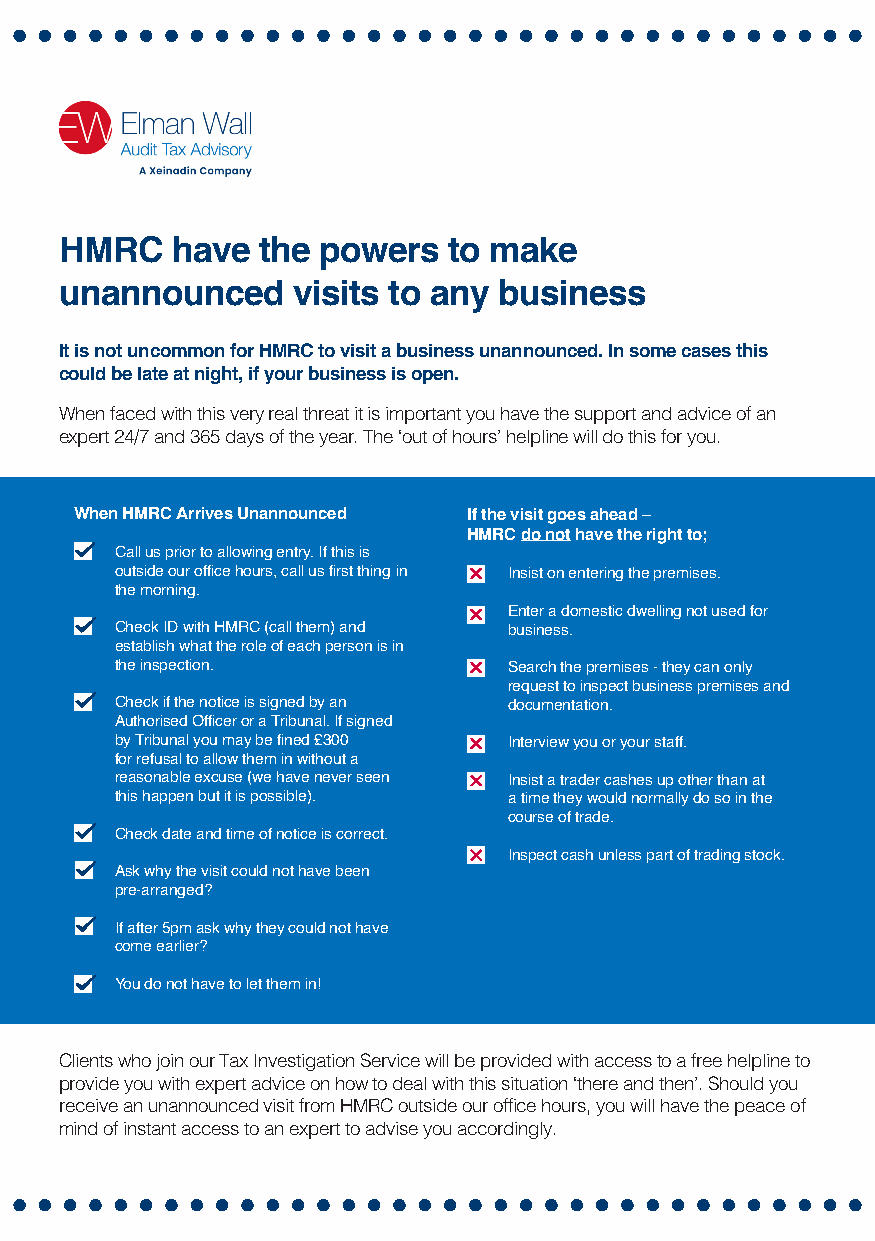
HMRC   have  the powers   to make
 unannounced    visits to any business
 It is not uncommon for HMRC to visit a business unannounced. In some cases this
 could be late at night, if your business is open.
 When faced with this very real threat it is important you have the support and advice of an
 expert 24/7 and 365 days of the year. The ‘out of hours’ helpline will do this for you.
 When HMRC Arrives Unannounced If the visit goes ahead –
 HMRC do not have the right to;
 Call us prior to allowing entry. If this is
 outside our office hours, call us first thing in Insist on entering the premises.
 the morning.
 Enter a domestic dwelling not used for
 Check ID with HMRC (call them) and business.
 establish what the role of each person is in
 the inspection.           Search the premises - they can only
 request to inspect business premises and
 Check if the notice is signed by an documentation.
 Authorised Officer or a Tribunal. If signed
 by Tribunal you may be fined £300 Interview you or your staff.
 for refusal to allow them in without a
 reasonable excuse (we have never seen Insist a trader cashes up other than at
 this happen but it is possible). a time they would normally do so in the
 course of trade.
 Check date and time of notice is correct.
 Inspect cash unless part of trading stock.
 Ask why the visit could not have been
 pre-arranged?
 If after 5pm ask why they could not have
 come earlier?
 You do not have to let them in!
 Clients who join our Tax Investigation Service will be provided with access to a free helpline to
 provide you with expert advice on how to deal with this situation ‘there and then’. Should you
 receive an unannounced visit from HMRC outside our office hours, you will have the peace of
 mind of instant access to an expert to advise you accordingly.